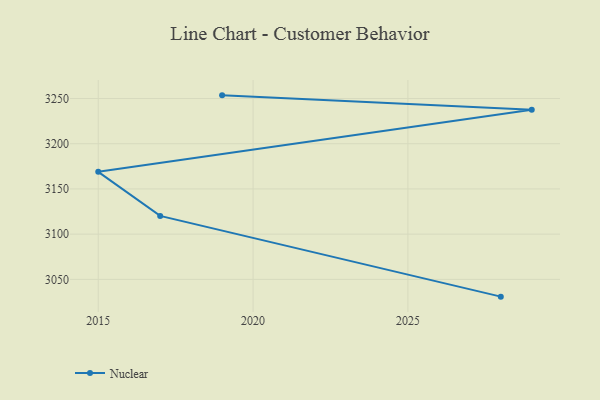
{"axis": {"x": "Year", "y": "Bounce Rate (%)"}, "legend": ["Nuclear"], "data": [{"x": "2028", "y": 3030.9, "type": "Nuclear"}, {"x": "2017", "y": 3120.2, "type": "Nuclear"}, {"x": "2015", "y": 3168.9, "type": "Nuclear"}, {"x": "2029", "y": 3237.5, "type": "Nuclear"}, {"x": "2019", "y": 3253.5, "type": "Nuclear"}]}